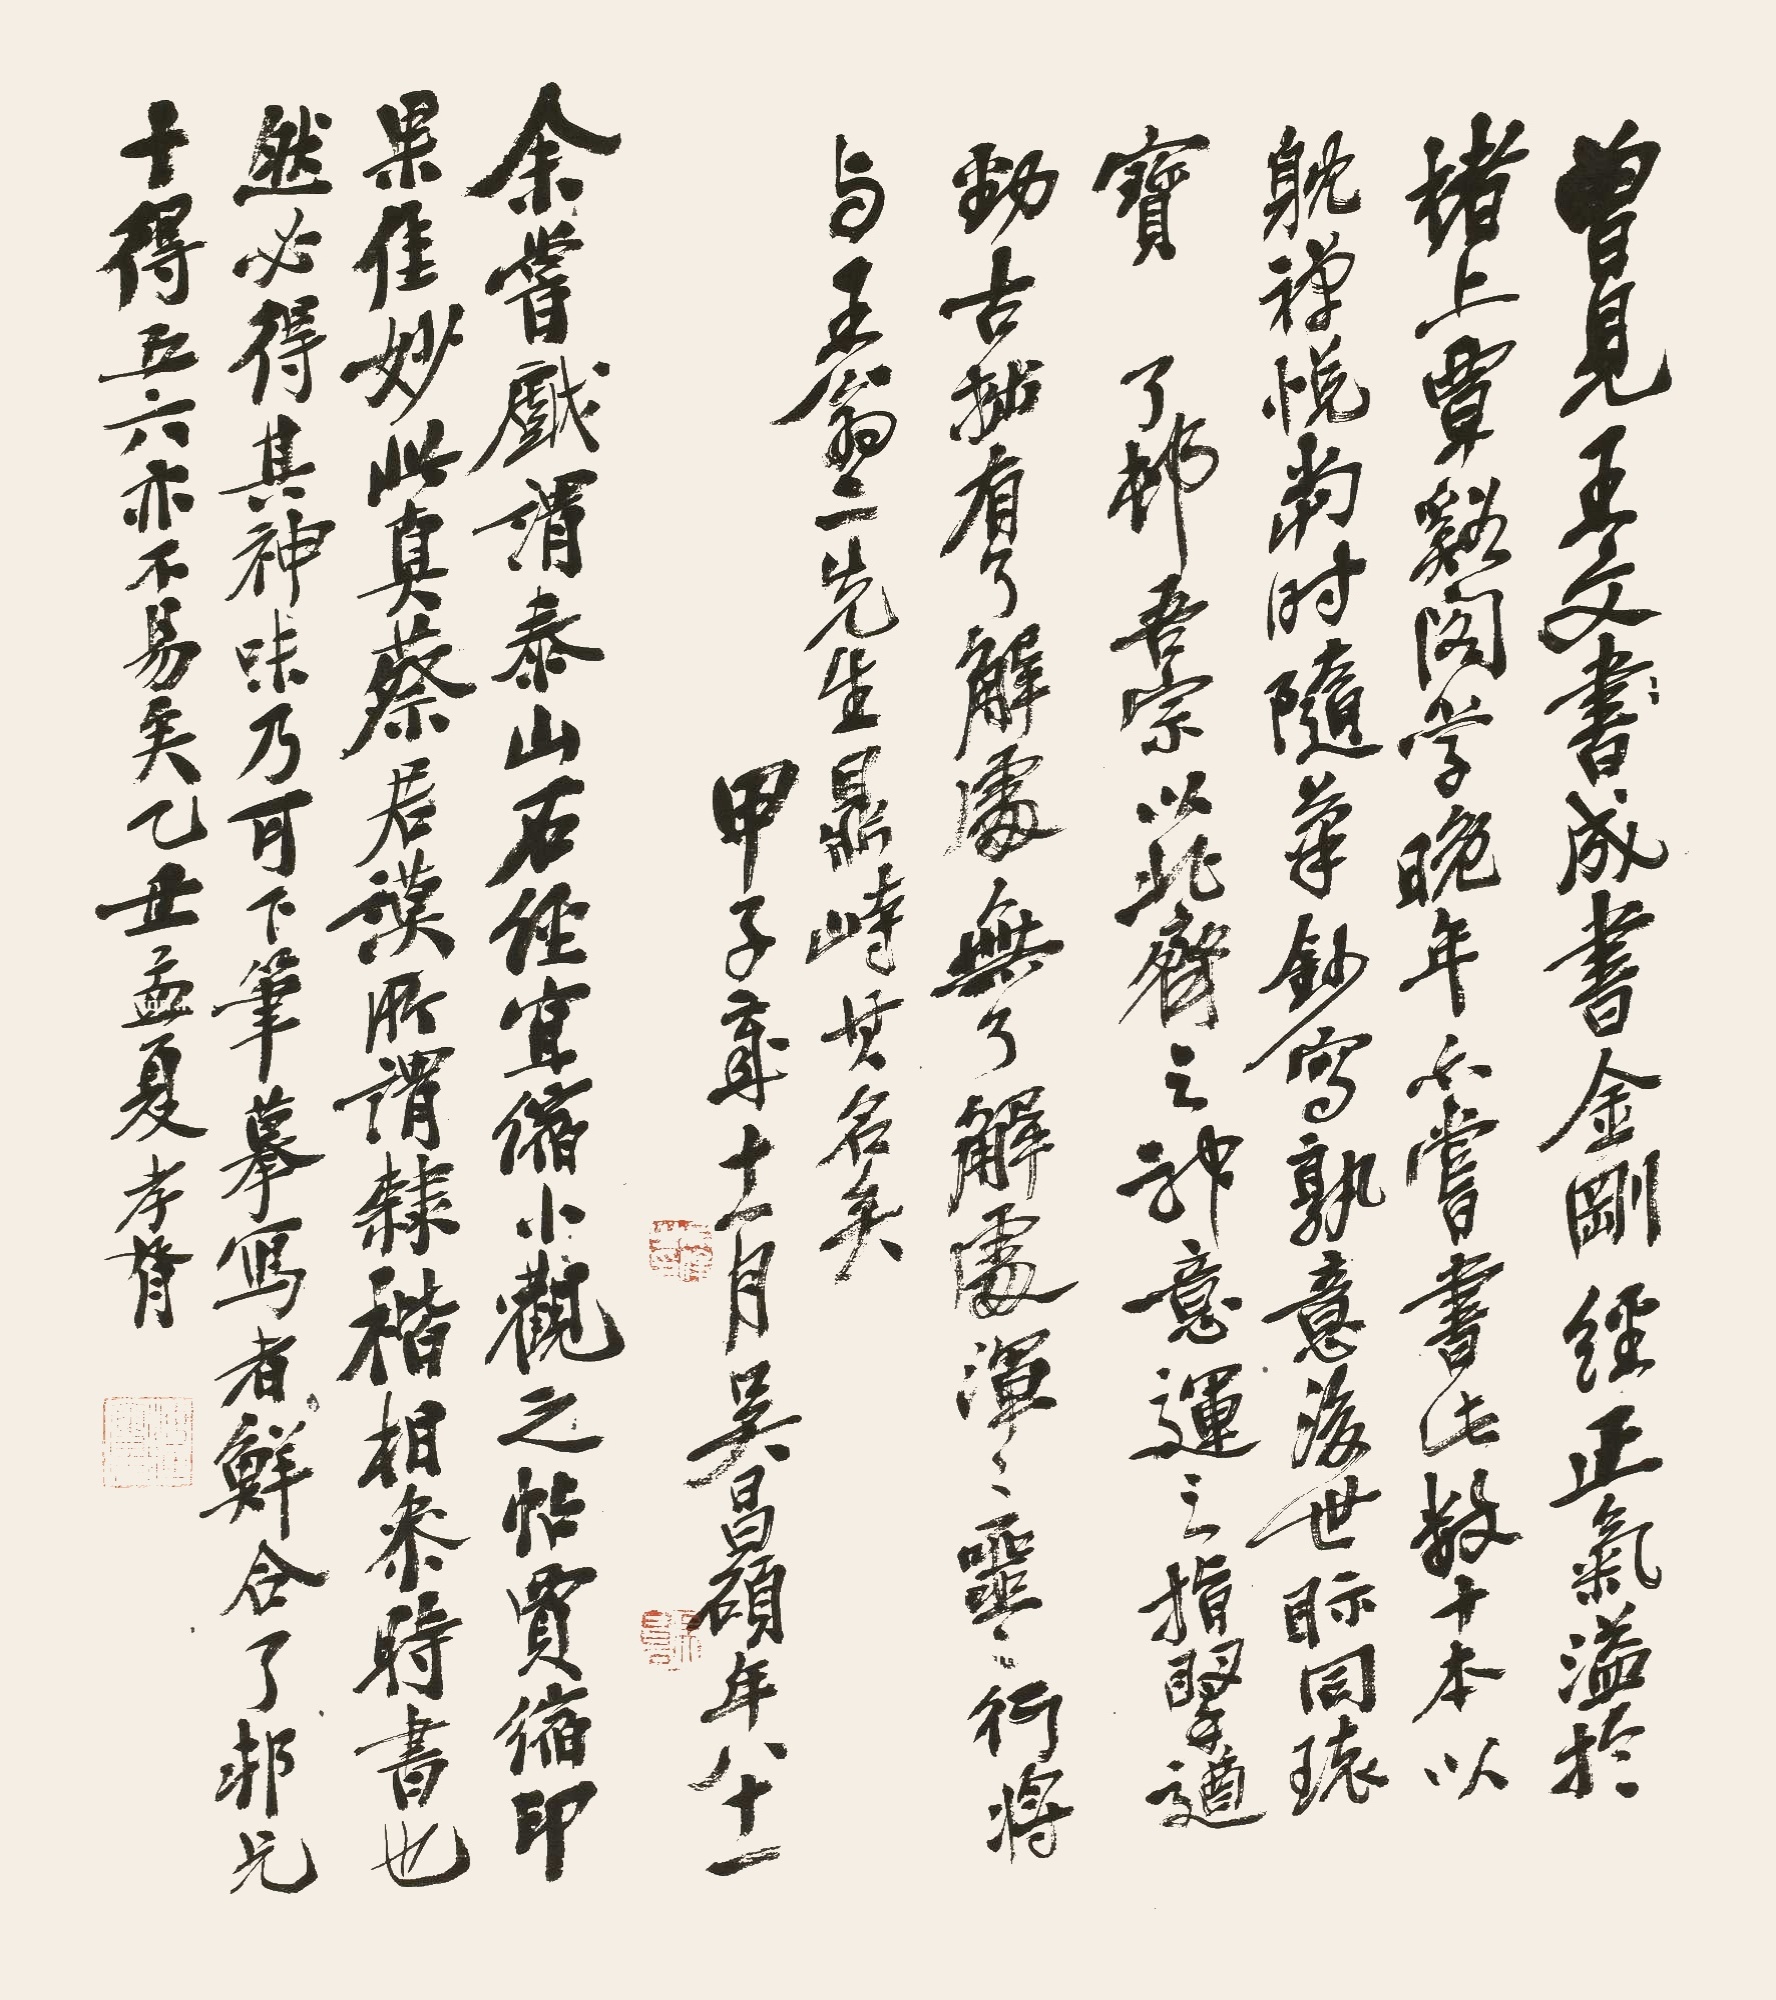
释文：1.曾见王文成书《金刚经》，正气溢于楮上。覃溪阁学晚年亦尝书此数十本，以躭禅悦，当时随笔抄写，孰意后世视同环宝。了邨吾宗以北齐之神意，运之指腕，遒劲古拙，有了解处，无了解处，浑浑噩噩，行将与王翁二先生鼎峙其名矣。甲子岁十一月，吴昌硕年八十一。2.余尝戏谓《泰山石经》宜缩小观之。帖贾缩印果佳妙，此真蔡君谟所谓“隶楷相参时书也。”然必得其神味，乃可下笔，摹写者鲜合。了邨兄十得五六，亦不易矣。乙丑孟夏，孝胥。